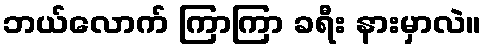
ဘယ်လောက် ကြာကြာ ခရီး နားမှာလဲ။